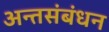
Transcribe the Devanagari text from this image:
अन्तसंबंधन